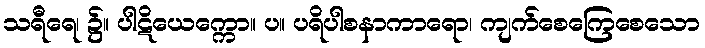
သရီရေ၊ ၌။ ပါဋိယေက္ကော။ ပ။ ပရိပါစနာကာရော၊ ကျက်စေကြေစေသော